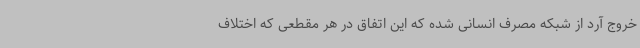
خروج آرد از شبکه مصرف انسانی شده که این اتفاق در هر مقطعی که اختلاف